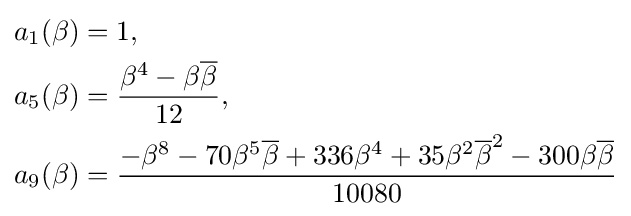
{\begin{aligned}a_{1}(\beta )&=1,\\a_{5}(\beta )&={\frac {\beta ^{4}-\beta {\overline {\beta }}}{12}},\\a_{9}(\beta )&={\frac {-\beta ^{8}-70\beta ^{5}{\overline {\beta }}+336\beta ^{4}+35\beta ^{2}{\overline {\beta }}^{2}-300\beta {\overline {\beta }}}{10080}}\end{aligned}}